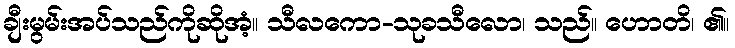
ချီးမွမ်းအပ်သည်ကိုဆိုအံ့။ သီလကော-သုခသီလော၊ သည်။ ဟောတိ၊ ၏။